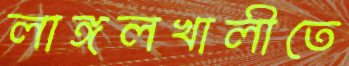
লাঙ্গলখালীতে